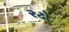
રટો